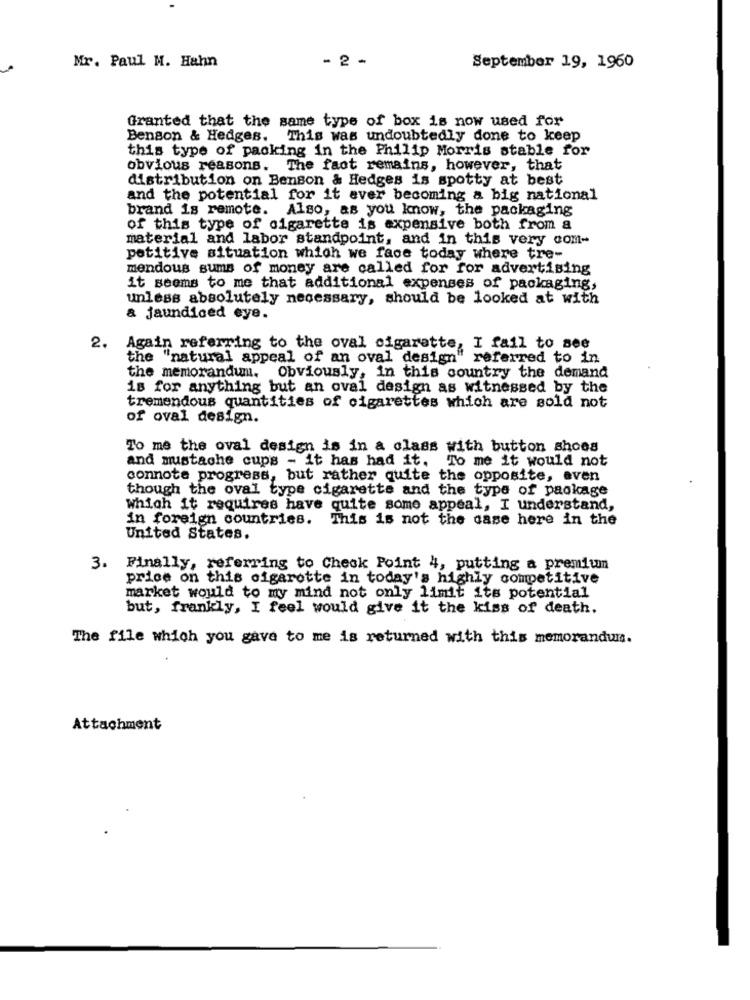
Mr. Paul M. Hahn
- 2 -
September 19, 1960
Granted that the same type of box is now used for
Benson & Hedges. This was undoubtedly done to keep
this type of packing in the Philip Morris stable for
obvious reasons. The fact remains, however, that
distribution on Benson & Hedges is spotty at best
and the potential for it ever becoming a big national
brand is remote.
Also, as you know, the packaging
of this type of cigarette is expensive both from a
material and labor standpoint, and in this very com-
petitive situation which we face today where tre-
mendous sums of money are called for for advertising
it seems to me that additional expenses of packaging,
unless absolutely necessary, should be looked at with
a jaundiced eye.
2.
Again referring to the oval cigarette, I fail to see
the "natural appeal of an oval design" referred to in
the memorandum. Obviously, in this country the demand
is for anything but an oval design as witnessed by the
tremendous quantities of cigarettes which are sold not
of oval design.
To me the oval design is in a class with button shoes
and mustache cups - it has had it. To me it would not
connote progress, but rather quite the opposite, even
though the oval type cigarette and the type of package
which it requires have quite some appeal, I understand,
in foreign countries.
This is not the case here in the
United States.
3. Finally, referring to Check Point 4, putting a premium
price on this cigarette in today's highly competitive
market would to my mind not only limit its potential
but, frankly, I feel would give it the kiss of death.
The file which you gave to me is returned with this memorandum.
Attachment